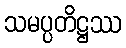
သမပ္ပတိဋ္ဌဿ